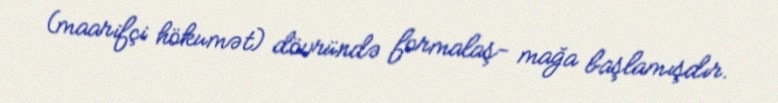
(maarifçi hökumət) dövründə formalaş- mağa başlamışdır.